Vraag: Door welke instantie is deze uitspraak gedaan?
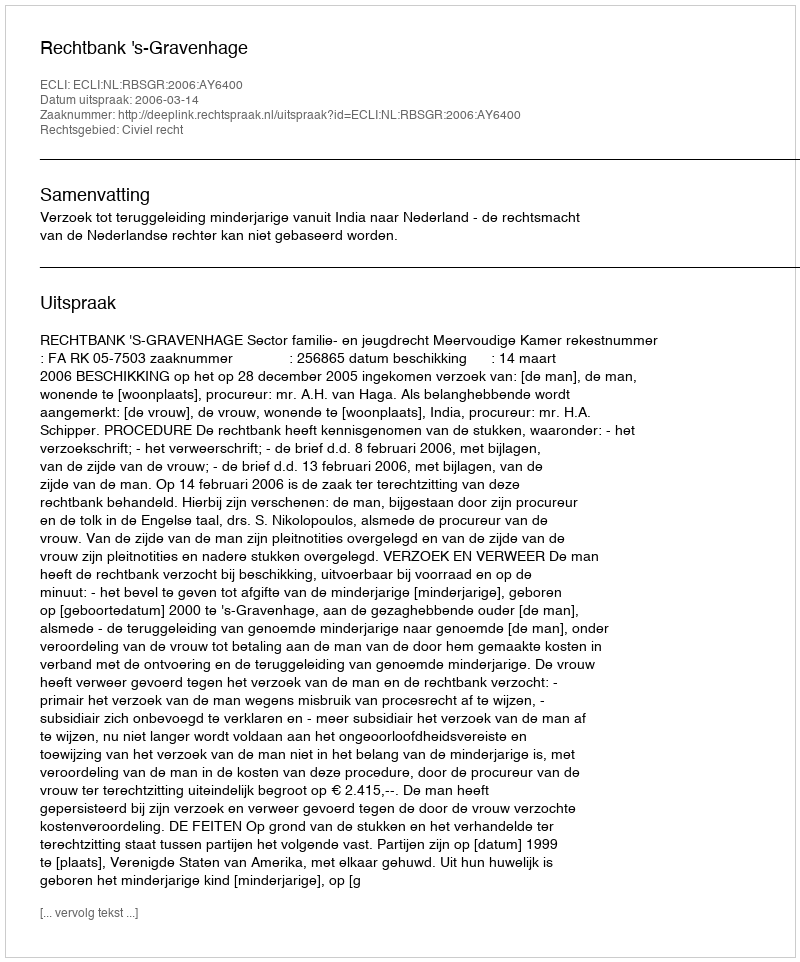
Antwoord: Rechtbank 's-Gravenhage